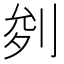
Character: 𭃧